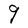
Character: g